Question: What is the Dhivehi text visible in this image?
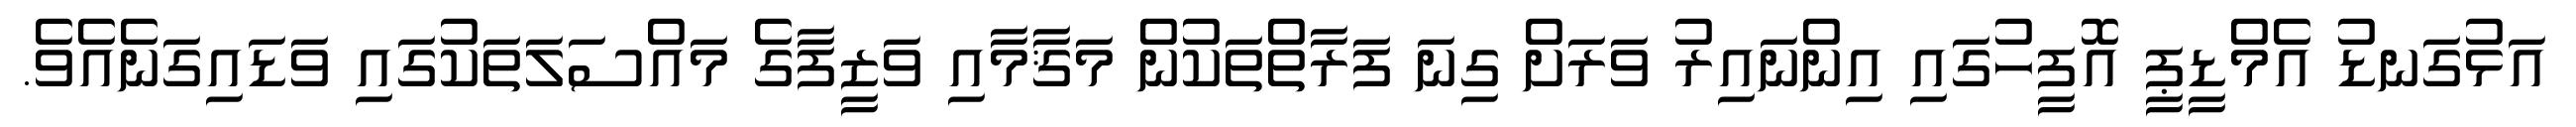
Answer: އަޅުގަނޑު އެމްޑީޕީ އޮފީހުގައި އިންނައިރު ވަރަށް ގިނަ ފަރާތްތަކުން މަޤާމާއި ވަޒީފާގެ މައްސަލަތަކުގައި ވަޑައިގަނެއެވެ.